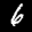
Label: 6